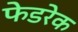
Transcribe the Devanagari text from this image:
फेडरेक